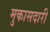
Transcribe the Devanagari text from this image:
मुकासदारी